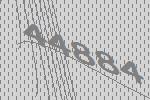
44884